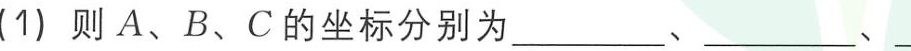
(1) 则 \(A、B、C\) 的坐标分别为  、  、